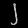
Digit: ၂